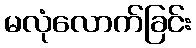
မလုံလောက်ခြင်း